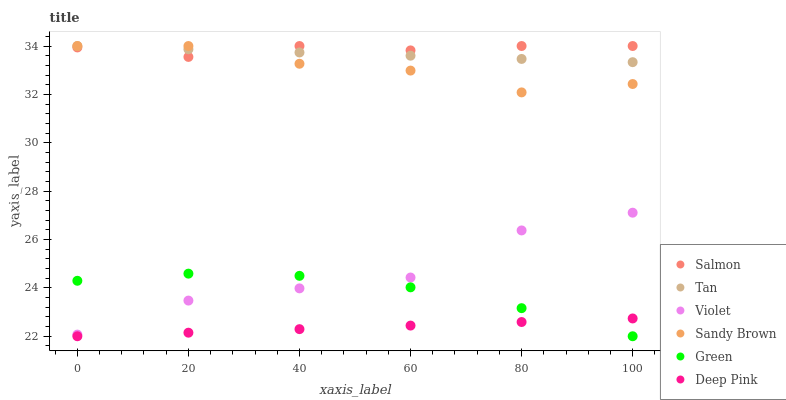
| xaxis_label | Salmon | Tan | Violet | Sandy Brown | Green | Deep Pink |
 | --- | --- | --- | --- | --- | --- | --- |
 | 0 | 33.9 | 34 | 22.1 | 34 | 24.3 | 22 |
 | 20 | 33.5 | 33.9 | 23.5 | 34 | 24.6 | 22.1 |
 | 40 | 34 | 33.7 | 24 | 33.3 | 24.5 | 22.3 |
 | 60 | 33.8 | 33.6 | 24.4 | 33 | 24 | 22.4 |
 | 80 | 34 | 33.5 | 26.4 | 32.1 | 23.2 | 22.6 |
 | 100 | 34 | 33.3 | 27.1 | 32.4 | 22 | 22.7 |